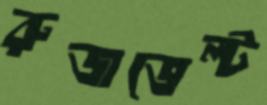
রুজভেল্ট